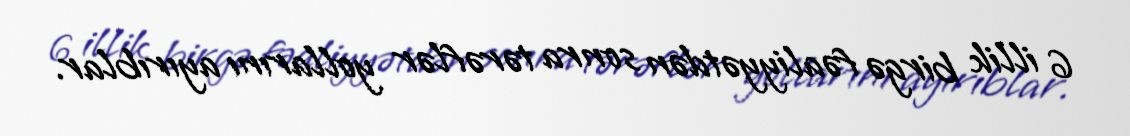
6 illik birgə fəaliyyətdən sonra tərəflər yollarını ayırıblar.